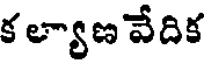
క ల్యాణ వేదిక